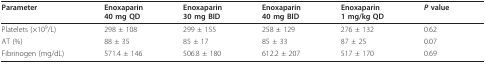
| Parameter | Enoxaparin40 mg QD | Enoxaparin30 mg BID | Enoxaparin40 mg BID | Enoxaparin1 mg/kg QD | P value |
 | --- | --- | --- | --- | --- | --- |
 | Platelets (×109/L) | 298 ± 108 | 299 ± 155 | 258 ± 129 | 276 ± 132 | 0.62 |
 | AT (%) | 88 ± 35 | 85 ± 17 | 85 ± 33 | 87 ± 25 | 0.07 |
 | Fibrinogen (mg/dL) | 571.4 ± 146 | 506.8 ± 180 | 612.2 ± 207 | 517 ± 170 | 0.69 |